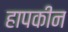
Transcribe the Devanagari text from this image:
हापकीन